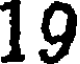
19